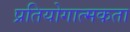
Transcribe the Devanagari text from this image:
प्रतियोगात्मकता